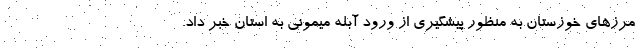
مرزهای خوزستان به منظور پیشگیری از ورود آبله میمونی به استان خبر داد.